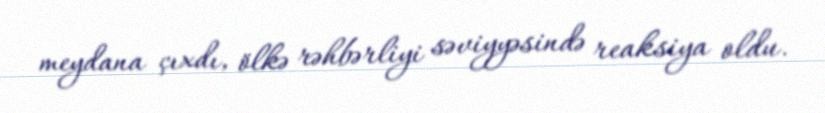
meydana çıxdı, ölkə rəhbərliyi səviyyəsində reaksiya oldu.